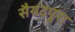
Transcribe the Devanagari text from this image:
सैयदपुरा